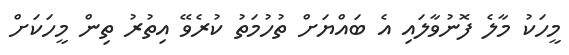
މީހަކު މާލެ ފޮނުވާލައި އެ ބައްޔަށް ތުހުމަތު ކުރެވޭ އިތުރު ތިން މީހަކަށް